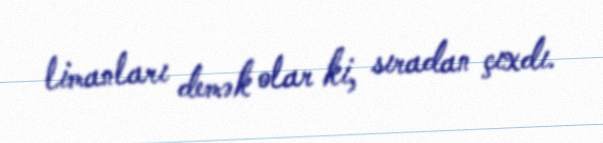
limanları demək olar ki, sıradan çıxdı.